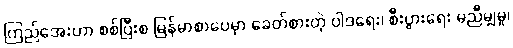
ကြည်အေးဟာ စစ်ပြီးစ မြန်မာစာပေမှာ ခေတ်စားတဲ့ ဝါဒရေး၊ စီးပွားရေး မညီမျှမှု၊